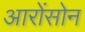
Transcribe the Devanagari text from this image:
आरोंसोन